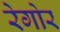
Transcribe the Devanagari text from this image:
रेगोर